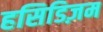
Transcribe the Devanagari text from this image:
हसिडिज़म